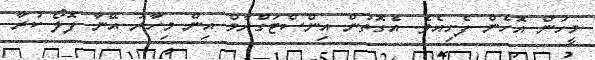
މީހުން އޮހެން ފެށިއެވެ. އެގޮތުން އިންސްޓަގްރާމް އިން މިހާރު އޭނާ ފޮލޯ ކުރާ